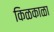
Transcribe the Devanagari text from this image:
किळकाळा